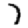
Digit: 7